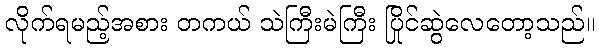
လိုက်ရမည့်အစား တကယ် သဲကြီးမဲကြီး ပြိုင်ဆွဲလေတော့သည်။